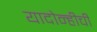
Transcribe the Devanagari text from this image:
यादोन्हीची